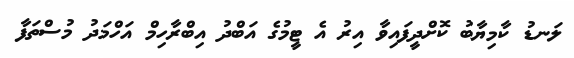
ލަނޑު ކާމިޔާބު ކޮށްދީފައިވާ އިރު އެ ޓީމުގެ އަބްދު އިބްރާހިމް އަހްމަދު މުސްތަފާ